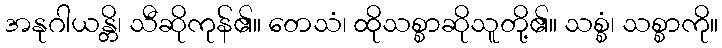
အနုဂါယန္တိ၊ သီဆိုကုန်၏။ တေသံ၊ ထိုသစ္စာဆိုသူတို့၏။ သစ္စံ၊ သစ္စာကို။